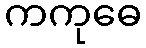
ကကုဓေ